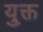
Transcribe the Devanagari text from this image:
यु्क्त